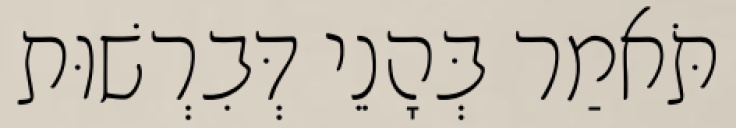
תֹּאמַר בְּהָנֵי דְּבִרְשׁוּת